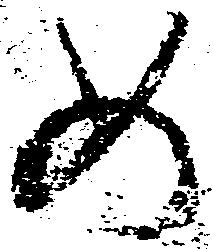
め